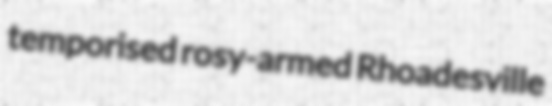
temporised rosy-armed Rhoadesville